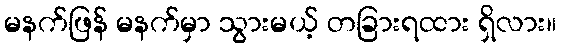
မနက်ဖြန် မနက်မှာ သွားမယ့် တခြားရထား ရှိလား။